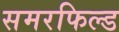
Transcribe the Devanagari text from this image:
समरफिल्ड